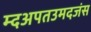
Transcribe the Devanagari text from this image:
म्दअपतउमदजंस